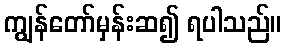
ကျွန်တော်မှန်းဆ၍ ရပါသည်။